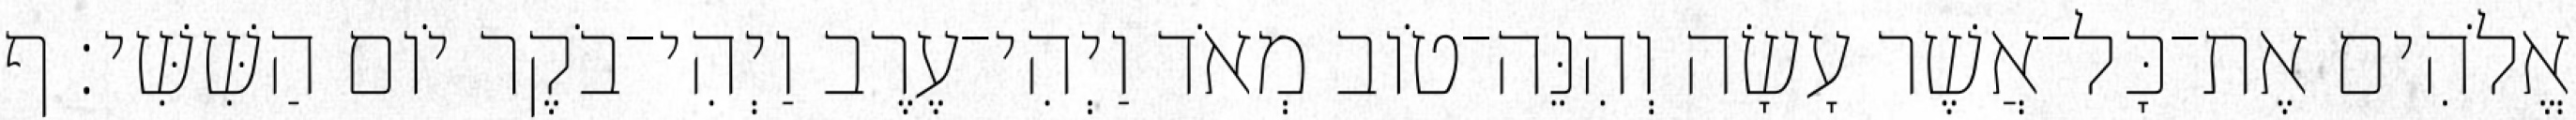
אֱלֹהִים אֶת־כָּל־אֲשֶׁר עָשָׂה וְהִנֵּה־טֹוב מְאֹד וַיְהִי־עֶרֶב וַיְהִי־בֹקֶר יֹום הַשִּׁשִּׁי׃ ף